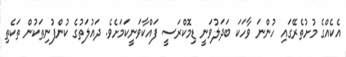
އެކެއްގެ މުށުތެރޭގައި ހުންނަ ވާހަކަ ބަދަލުވަނީ ޑިމޮކްރަސީ ފައްކާވަނީކަމަށެވެ. ދައުލަތުގެ ކުންފުނިތަކުން ތަކެތި